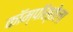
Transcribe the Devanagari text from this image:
कॉम्पॉस्तेला